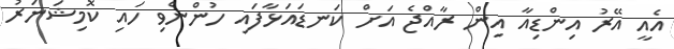
އެއީ އޭރު އިންޑިއާ އިން ރާއްޖެ އަށް ކަނޑައަޅާފައި ހުންނެވި ހައި ކޮމިޝަނަރު